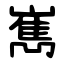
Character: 嶲